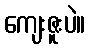
ကျေးဇူးပဲ။